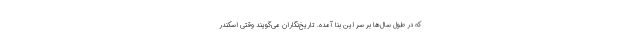
که در طول سال‌ها بر سر این بنا آمده. تاریخ‌نگاران می‌گویند وقتی اسکندر